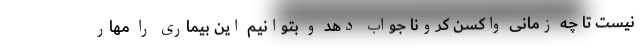
نیست تا چه زمانی واکسن کرونا جواب دهد و بتوانیم این بیماری را مهار